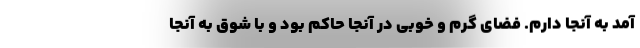
آمد به آنجا دارم. فضای گرم و خوبی در آنجا حاکم بود و با شوق به آنجا